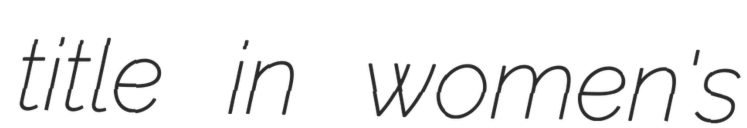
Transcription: title in women's